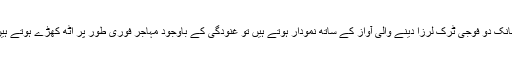
اچانک دو فوجی ٹرک لرزا دینے والی آواز کے ساتھ نمودار ہوتے ہیں تو غنودگی کے باوجود مہاجر فوری طور پر اٹھ کھڑے ہوتے ہیں۔